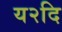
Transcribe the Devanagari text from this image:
य२दि